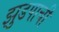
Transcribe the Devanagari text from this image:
झुडपाची